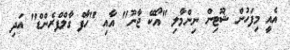
އެއީ މިފަހުން ޝޫޓިން ނިންމާލި "އޯކޭ ޖާނޫ" އާއި "ހާފް ގާލްފްރެންޑް" އަދި